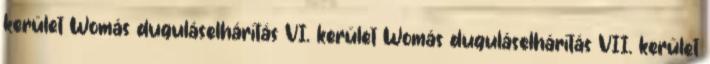
kerület Womás duguláselhárítás VI. kerület Womás duguláselhárítás VII. kerület